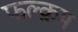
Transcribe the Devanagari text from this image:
फल्क्रम